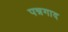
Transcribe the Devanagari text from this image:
पन्नगाद